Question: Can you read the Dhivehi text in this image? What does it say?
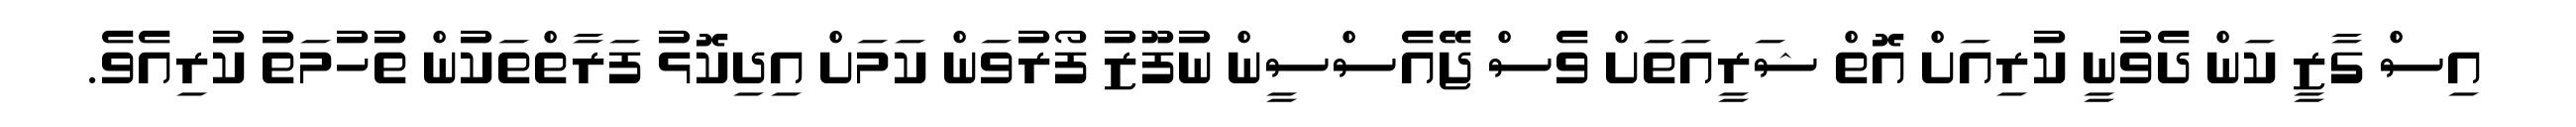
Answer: އިސް ގާޒީ ކަން ދެވުނީ ކުރިއަށް އޮތް ޝަރީއަތަށް ވެސް ޖޭއެސްސީން ނުފޫޒު ފޯރުވަން ކަމަށް އިދިކޮޅު ފަރާތްތަކުން ތުހުމަތު ކުރިއެވެ.